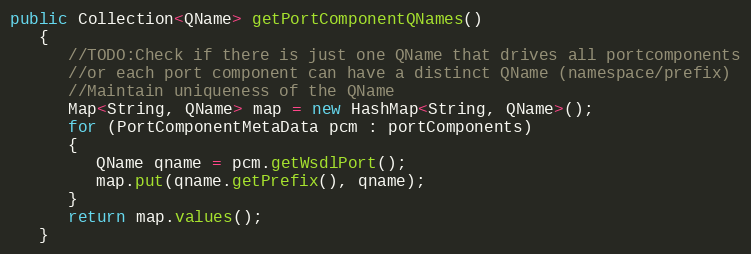
Language: Java
public Collection<QName> getPortComponentQNames()
   {
      //TODO:Check if there is just one QName that drives all portcomponents
      //or each port component can have a distinct QName (namespace/prefix)
      //Maintain uniqueness of the QName
      Map<String, QName> map = new HashMap<String, QName>();
      for (PortComponentMetaData pcm : portComponents)
      {
         QName qname = pcm.getWsdlPort();
         map.put(qname.getPrefix(), qname);
      }
      return map.values();
   }